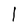
Character: l